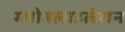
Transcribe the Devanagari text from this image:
ग्‍लोबलाइलेशन